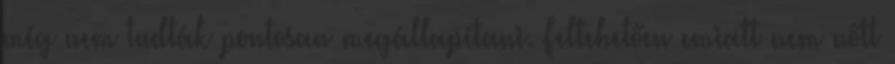
még nem tudták pontosan megállapítani. Feltehetően emiatt nem nőtt